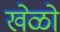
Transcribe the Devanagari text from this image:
खेळो